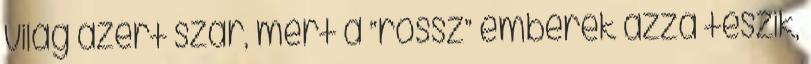
világ azért szar, mert a “rossz” emberek azzá teszik,